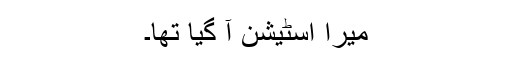
میرا اسٹیشن آ گیا تھا۔